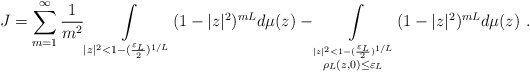
\begin{align*} J=\sum_{m=1}^\infty\frac 1{m^2} \int\limits_{|z|^2<1-(\frac{\varepsilon_L}2)^{1/L}} (1-|z|^2)^{mL} d\mu(z)- \int\limits_{ \stackrel{|z|^2<1-(\frac{\varepsilon_L}2)^{1/L}}{\rho_L(z,0)\leq \varepsilon_L} } (1-|z|^2)^{mL} d\mu(z)\ .\end{align*}